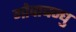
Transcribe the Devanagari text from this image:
गोपाबन्धु